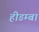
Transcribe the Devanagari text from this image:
हीडम्बा